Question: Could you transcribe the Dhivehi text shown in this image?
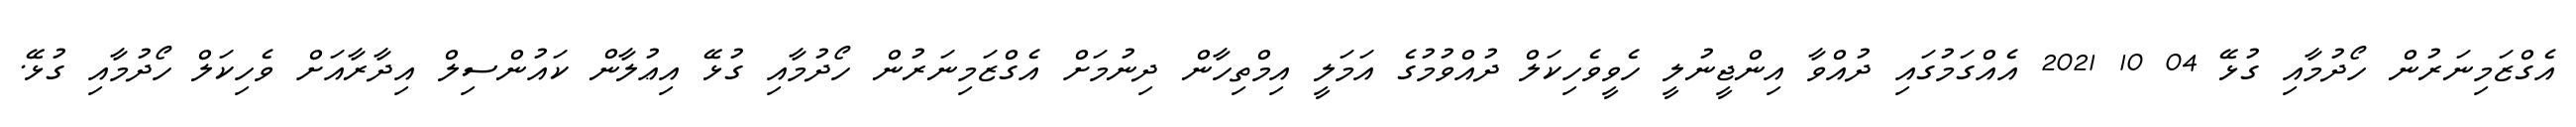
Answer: އެގްޒަމިނަރުން ހޯދުމާއި ގުޅޭ 04 10 2021 އެއްގަމުގައި ދުއްވާ އިންޖީނުލީ ހެވީވެހިކަލް ދުއްވުމުގެ އަމަލީ އިމްތިހާން ދިނުމަށް އެގްޒަމިނަރުން ހޯދުމާއި ގުޅޭ އިޢުލާން ކައުންސިލް އިދާރާއަށް ވެހިކަލް ހޯދުމާއި ގުޅޭ.